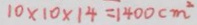
1 0 \times 1 0 \times 1 4 = 1 4 0 0 c m ^ { 2 }